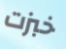
خبزت